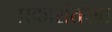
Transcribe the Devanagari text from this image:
प्रकारांतरेण